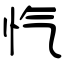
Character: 忾